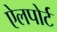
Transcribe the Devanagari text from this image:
ऐलपोर्ट